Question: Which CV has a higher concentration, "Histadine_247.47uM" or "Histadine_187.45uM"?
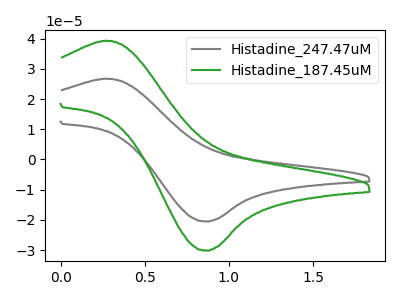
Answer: <think>The gray curve "Histadine_247.47uM" has an anodic peak at (0.25V, 26.75uA) and a cathodic peak at (0.85V, -20.55uA). The green curve "Histadine_187.45uM" has an anodic peak at (0.25V, 39.35uA) and a cathodic peak at (0.85V, -30.20uA).
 All the peaks in "Histadine_247.47uM" have a peak in "Histadine_187.45uM" at the same potential. Every peak in "Histadine_247.47uM" is lower than every peak in "Histadine_187.45uM".</think>
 <answer>"Histadine_247.47uM" has less signal than "Histadine_187.45uM" and so likely has a lower concentration.</answer>
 <eval>less_concentration</eval>